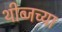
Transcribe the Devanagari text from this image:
थीब्जच्या